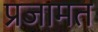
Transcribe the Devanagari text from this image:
प्रजामत